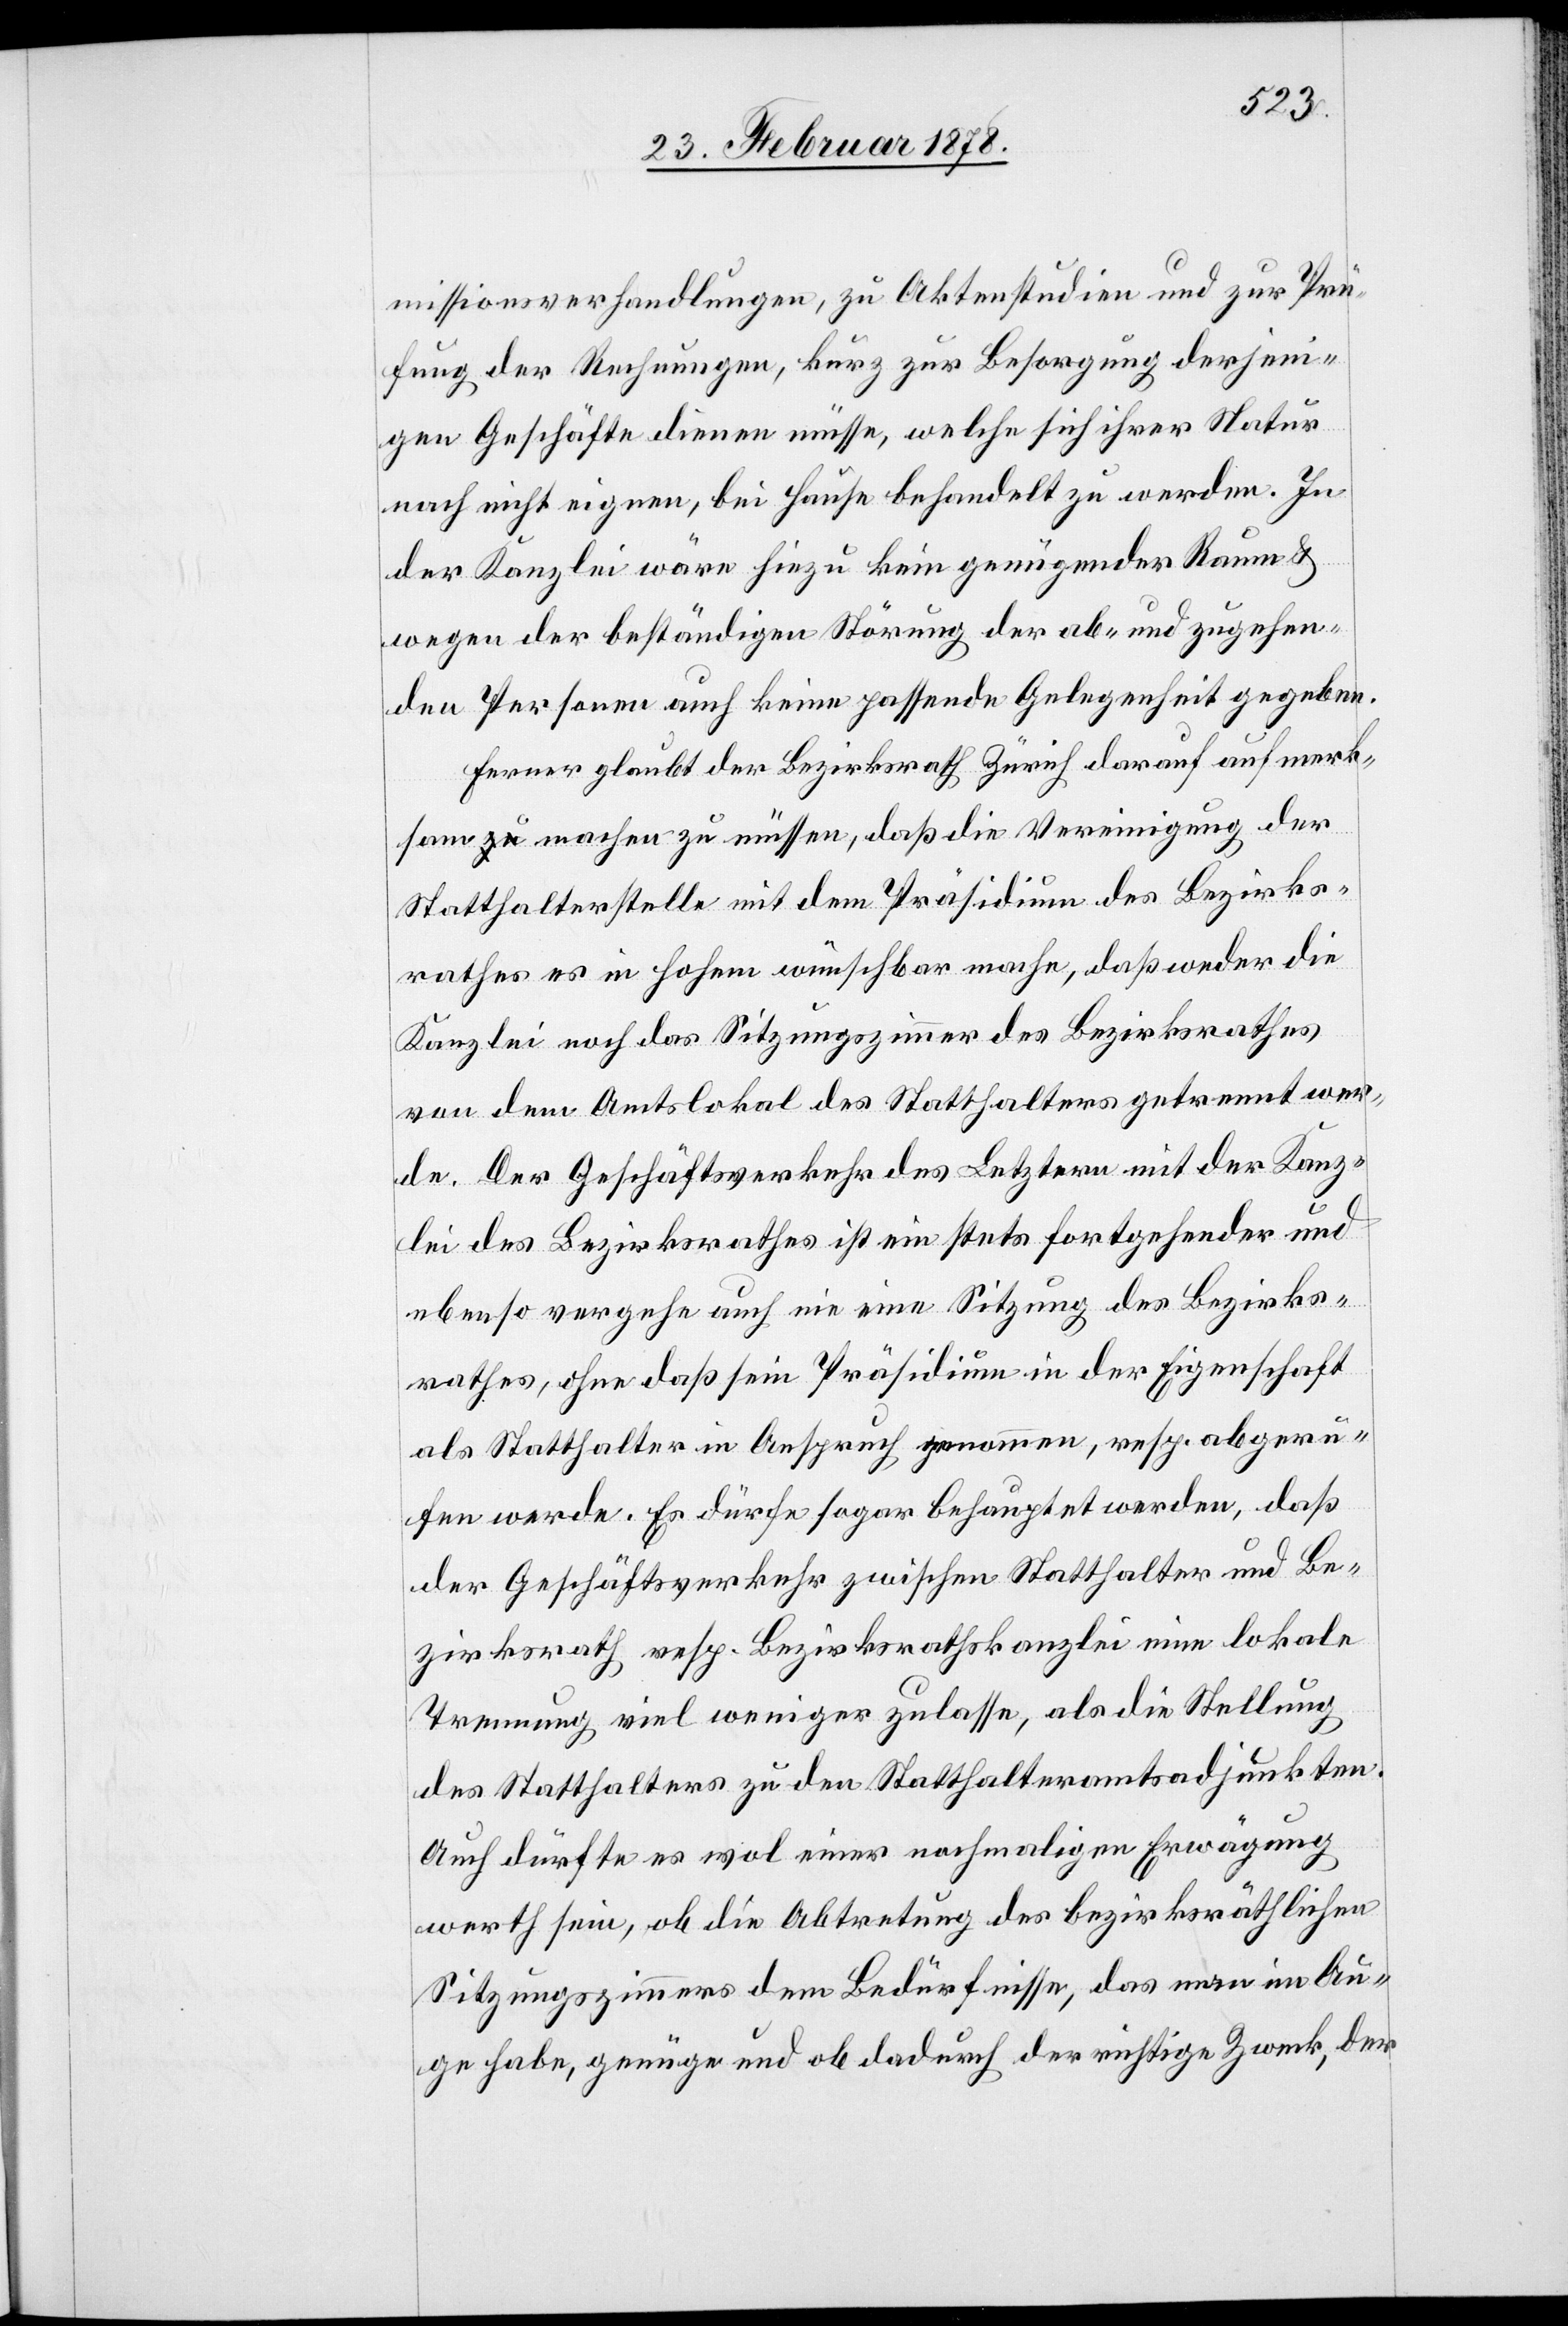
missionsverhandlungen, zu Aktenstudien und zur Prü¬
fung der Rechnungen, kurz zur Besorgung derjeni¬
gen Geschäfte dienen müsse, welche sich ihrer Natur
nach nicht eignen, bei Hause behandelt zu werden. In
der Kanzlei wäre hiezu kein genügender Raum &
wegen der beständigen Störung der ab- und zugehen¬
den Personen auch keine passende Gelegenheit gegeben.
Ferner glaubt der Bezirksrath Zürich darauf aufmerk¬
sam machen zu müssen, daß die Vereinigung der
Statthalterstelle mit dem Präsidium des Bezirks¬
rathes es in hohem [Masse] wünschbar mache, daß weder die
Kanzlei noch das Sitzungszimmer des Bezirksrathes
von dem Amtslokal des Statthalters getrennt wer¬
de. Der Geschäftsverkehr des Letztern mit der Kanz¬
lei des Bezirksrathes ist ein stets fortgehender und
ebenso vergehe auch nie eine Sitzung des Bezirks¬
rathes, ohne daß sein Präsidium in der Eigenschaft
als Statthalter in Anspruch genommen, resp. abgeru¬
fen werde. Es dürfe sogar behauptet werden, daß
der Geschäftsverkehr zwischen Statthalter und Be¬
zirksrath resp. Bezirksrathskanzlei eine lokale
Trennung viel weniger zulasse, als die Stellung
des Statthalters zu den Statthalteramtsadjunkten.
Auch dürfte es wol einer nachmaligen Erwägung
werth sein, ob die Abtretung des bezirksräthlichen
Sitzungszimmers dem Bedürfnisse, das man im Au¬
ge habe, genüge und ob dadurch der richtige Zweck, der